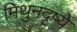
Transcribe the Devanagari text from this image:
मिथुनदृष्ये